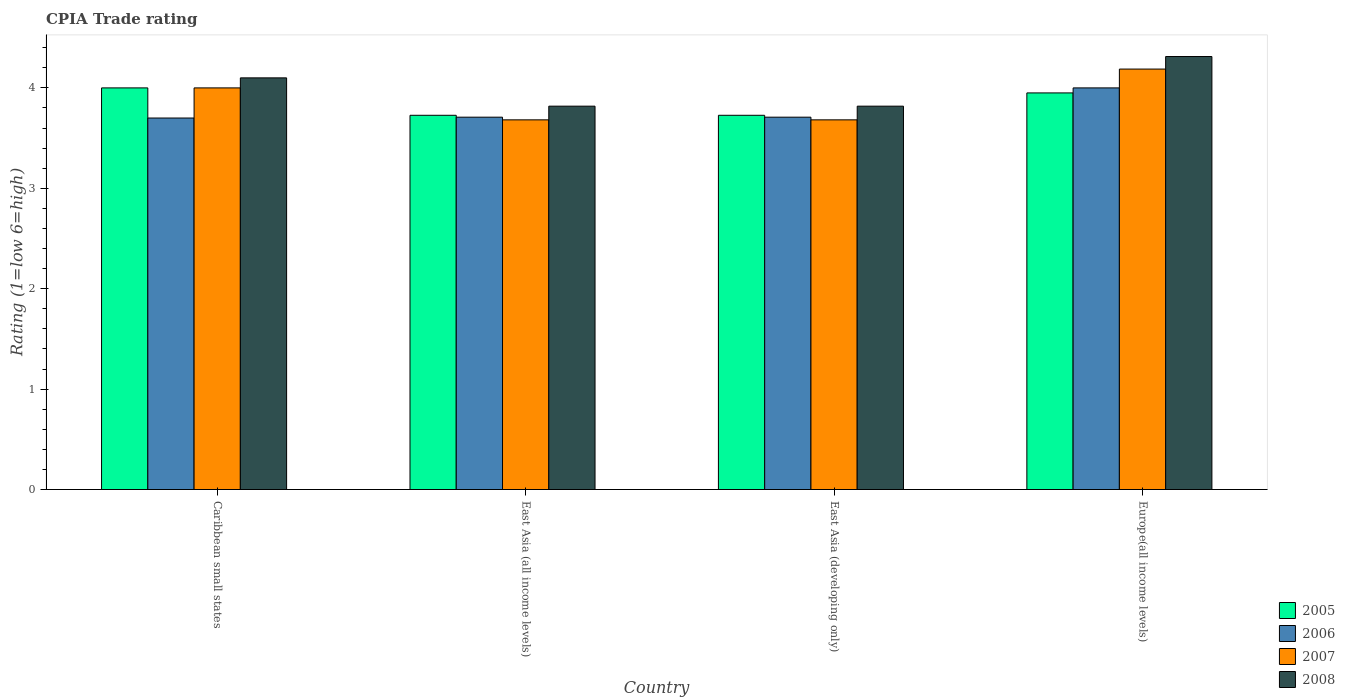
| Country | 2005 | 2006 | 2007 | 2008 |
 | --- | --- | --- | --- | --- |
 | Caribbean small states | 4 | 3.7 | 4 | 4.1 |
 | East Asia (all income levels) | 3.73 | 3.71 | 3.68 | 3.82 |
 | East Asia (developing only) | 3.73 | 3.71 | 3.68 | 3.82 |
 | Europe(all income levels) | 3.95 | 4 | 4.19 | 4.31 |